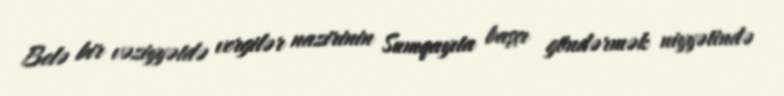
Belə bir vəziyyətdə vergilər nazirinin Sumqayıta başçı göndərmək niyyətində